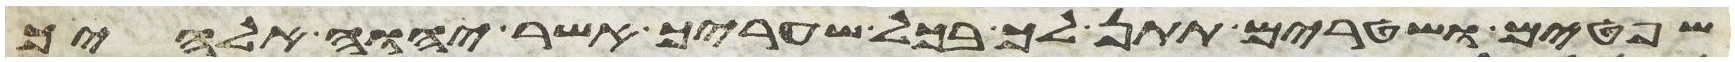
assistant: שפטים ושטרים תתן לך בכל שעריך אשר יהוה אלהיך